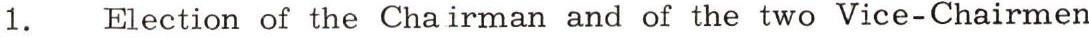
1. Election of the Chairman and of the two Vice-Chairmen